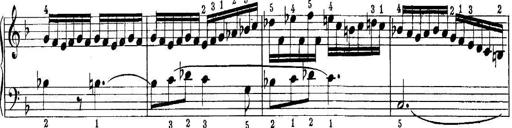
Title: Quatres sonatines
Composer: Tadeusz Joteyko